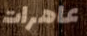
عاهرات